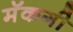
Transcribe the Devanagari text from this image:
मॅकगी